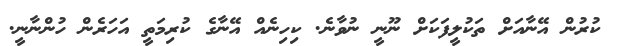
ކުރުން އޭނާއަށް ތަކުލީފަކަށް ނޫނީ ނުވާނެ. ކިހިނެއް އޭނާގެ ކުރިމަތީ އަހަރެން ހުންނާނީ.